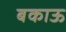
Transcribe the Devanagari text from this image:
बकाऊ